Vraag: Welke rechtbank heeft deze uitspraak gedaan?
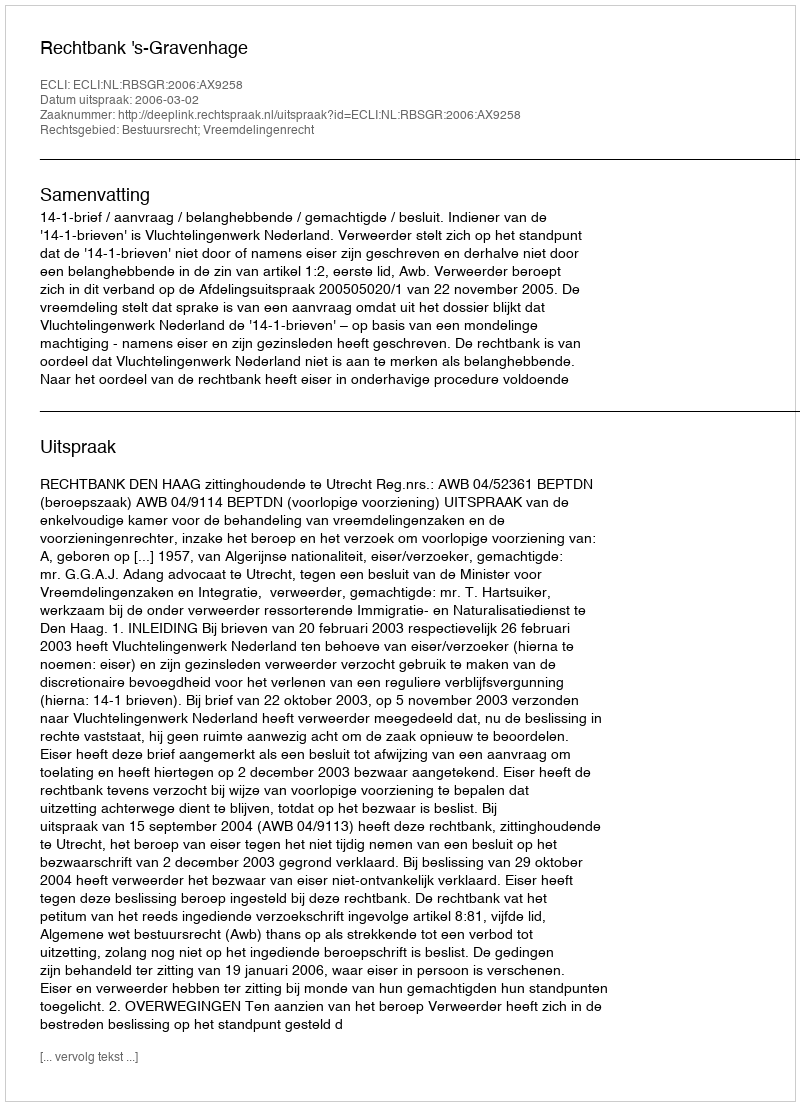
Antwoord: Rechtbank 's-Gravenhage